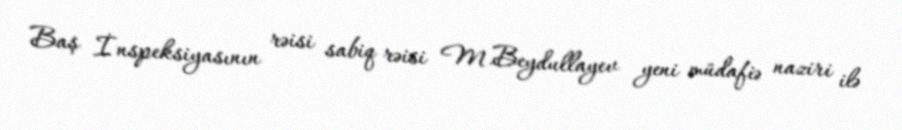
Baş İnspeksiyasının rəisi sabiq rəisi M.Beydullayev yeni müdafiə naziri ilə